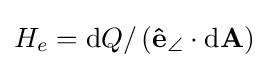
H_{e}=\mathrm {d} Q/\left(\mathbf {\hat {e}} _{\angle }\cdot \mathrm {d} \mathbf {A} \right)\,\!